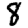
Digit: 8